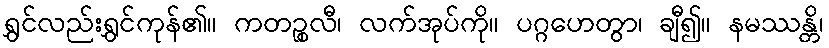
ရွှင်လည်းရွှင်ကုန်၏။ ကတဉ္စလီ၊ လက်အုပ်ကို။ ပဂ္ဂဟေတွာ၊ ချီ၍။ နမဿန္တိ၊